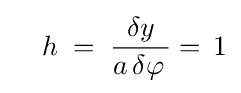
\quad h\;=\;{\dfrac {\delta y}{a\,\delta \varphi \,}}=\,1